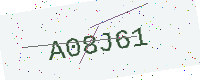
Text: A08J61